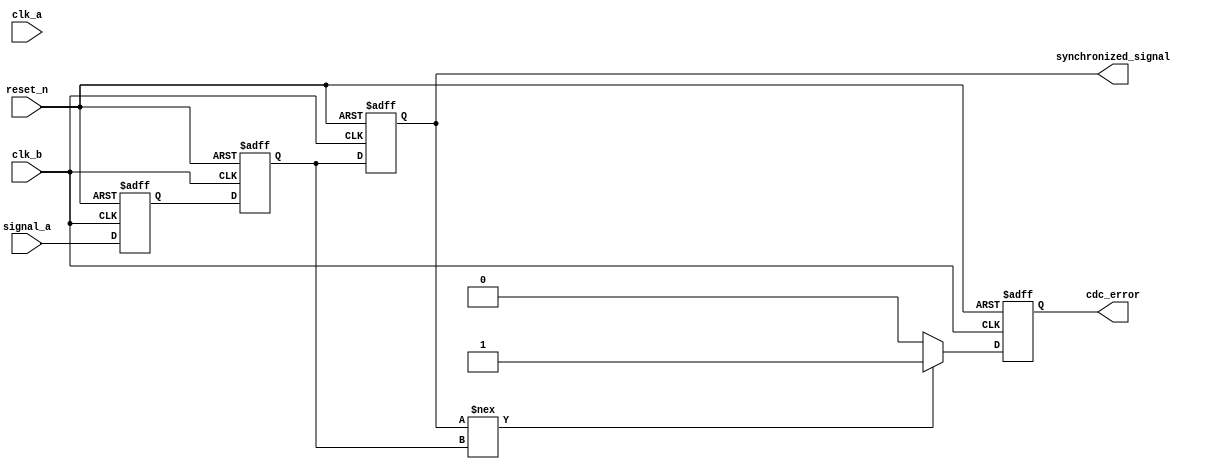
module cdc_detector #(
    parameter WIDTH = 1 // Width of the input signal
)(
    input wire clk_a,     // Clock domain A
    input wire clk_b,     // Clock domain B
    input wire reset_n,   // Active low asynchronous reset
    input wire [WIDTH-1:0] signal_a,  // Signal from clock domain A
    output reg cdc_error, // Error flag for CDC violation
    output reg [WIDTH-1:0] synchronized_signal // Synchronized output signal
);

    // Internal signals for synchronization
    reg [WIDTH-1:0] sync_stage1;
    reg [WIDTH-1:0] sync_stage2;

    // Asynchronous reset logic
    always @(posedge clk_b or negedge reset_n) begin
        if (!reset_n) begin
            sync_stage1 <= 0;
            sync_stage2 <= 0;
            cdc_error <= 0;
            synchronized_signal <= 0;
        end else begin
            // First stage of synchronization
            sync_stage1 <= signal_a;               // Sample the signal from domain A
            sync_stage2 <= sync_stage1;            // Second stage of synchronization
            synchronized_signal <= sync_stage2;    // Update the synchronized signal

            // Error detection logic
            if (synchronized_signal !== sync_stage2) begin
                cdc_error <= 1; // Indicates a potential CDC violation
            end else begin
                cdc_error <= 0; // Clear error if no violation
            end
        end
    end

endmodule